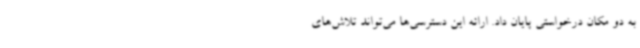
به دو مکان درخواستی پایان داد. ارائه این دسترسی‌ها می‌تواند تلاش‌های